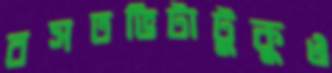
বসতভিটাটুকুও